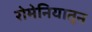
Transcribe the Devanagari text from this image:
रोमेनियातून